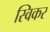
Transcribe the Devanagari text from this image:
स्विकर